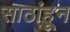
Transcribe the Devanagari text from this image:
साठांहून